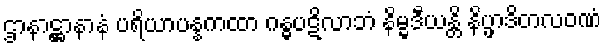
ဌာနာဋ္ဌာနာနံ ပရိယာပန္နကထာ ဂန္ဓပဋိလာဘံ နိမ္မဒီယန္တိ နိပ္ဖာဒိတလဝဏံ